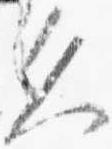
久